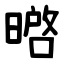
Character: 㬖